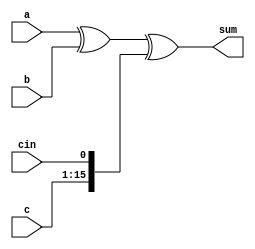
module sum_generator( a, b, cin, c, sum);

	input [15:0] a, b;
	input cin;
	input [15:1] c;
	output [15:0] sum;
	
	assign sum = a ^ b ^ {c,cin};
		
endmodule